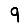
Digit: 9